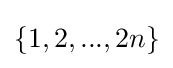
\{1,2,...,2n\}